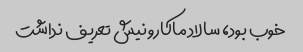
خوب بود، سالاد ماکارونیش تعریف نداشت